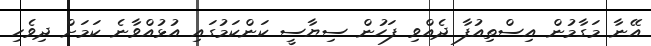
އޭނާ މަގާމުން އިސްތިއުފާ ދެއްވި ފަހުން ސިޔާސީ ކަންކަމުގައި އުޅުއްވާނެ ކަމަށް ދިވެހި